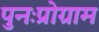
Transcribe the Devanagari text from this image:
पुनःप्रोग्राम